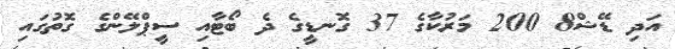
އަދި ޑޭޝް8 200 މަރުކާގެ 37 ގޮނޑީގެ ދެ ބޯޓާއި ސީޕްލޭންގެ ގޮތުގައި